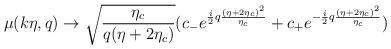
LaTeX: \begin{align*}\mu(k\eta, q) \rightarrow \sqrt{\frac{\eta_c}{q(\eta+2\eta_c)}}( c_{-} e ^{\frac{i}{2}q\frac{(\eta + 2\eta_c)^2}{\eta_c}} +c_{+} e ^{-\frac{i}{2}q\frac{(\eta + 2\eta_c)^2}{\eta_c}})\end{align*}